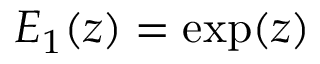
E _ { 1 } ( z ) = \exp ( z )